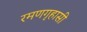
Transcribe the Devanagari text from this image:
रमणगृहासी